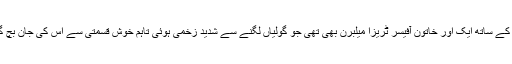
اس کے ساتھ ایک اور خاتون آفیسر ٹریزا میلبرن بھی تھی جو گولیاں لگنے سے شدید زخمی ہوئی تاہم خوش قسمتی سے اس کی جان بچ گئی۔